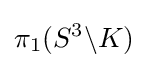
\pi _{1}(S^{3}\backslash K)